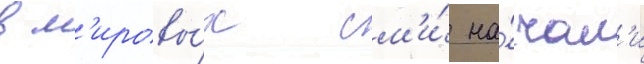
в м'ировы́х см'и́ на́чал'и